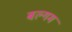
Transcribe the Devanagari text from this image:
बल्गम